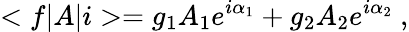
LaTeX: <f|A|i>=g_{1}A_{1}e^{i\alpha_{1}}+g_{2}A_{2}e^{i\alpha_{2}}\ ,